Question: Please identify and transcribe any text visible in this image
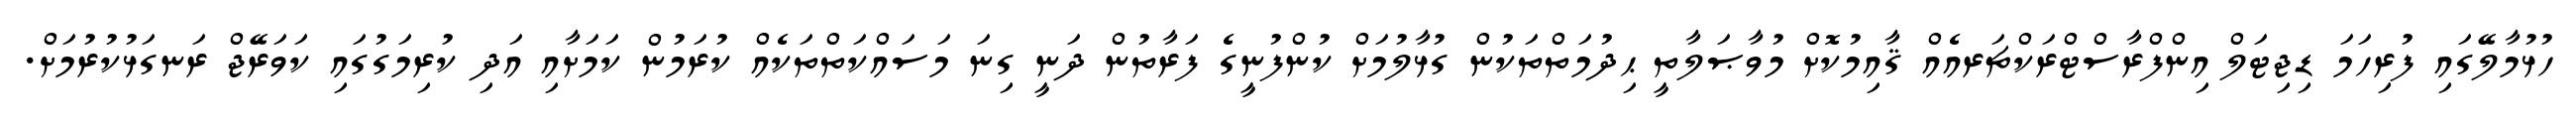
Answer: ހުޅުމާލޭގައި ފުރިހަމަ ޑިޖިޓަލް އިންފްރާސްޓްރަކްޗަރއެއް ޤާއިމުކޮށް މުވާޞަލާތީ ޙިދުމަތްތަކުން ގުޅާލުމަށް ކުންފުނީގެ ފަރާތުން ދަނީ ގިނަ މަސައްކަތްތަކެއް ކުރަމުން ކަމަށާއި އަދި ކުރިމަގުގައި ކަވަރޭޖް ރަނގަޅުކުރުމަށް.